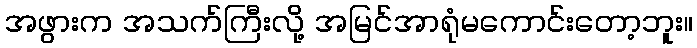
အဖွားက အသက်ကြီးလို့ အမြင်အာရုံမကောင်းတော့ဘူး။